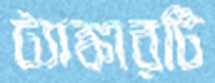
ট্যাঙ্কারটি